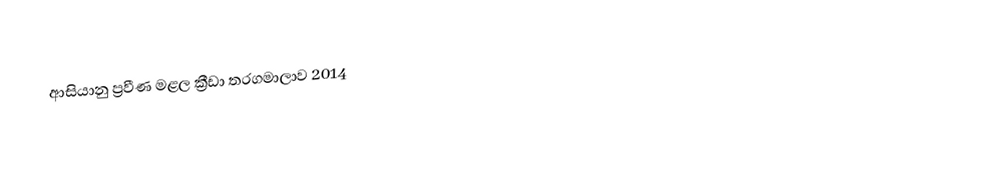
ආසියානු ප්‍රවීණ මළල ක්‍රීඩා තරගමාලාව 2014